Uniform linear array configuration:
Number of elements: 8
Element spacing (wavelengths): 1
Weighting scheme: cosine
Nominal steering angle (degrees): -60
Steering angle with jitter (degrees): -59.31
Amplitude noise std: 0.05
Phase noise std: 0.05

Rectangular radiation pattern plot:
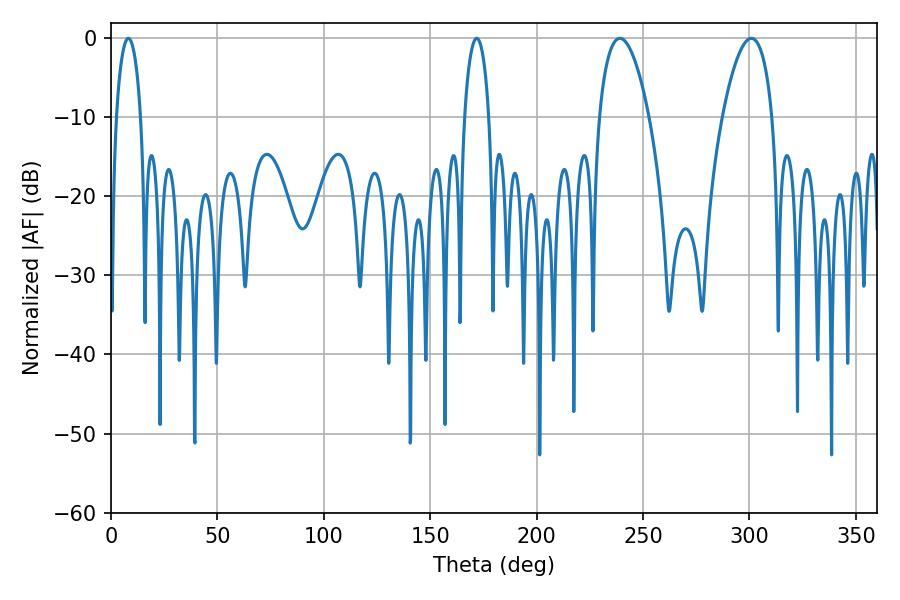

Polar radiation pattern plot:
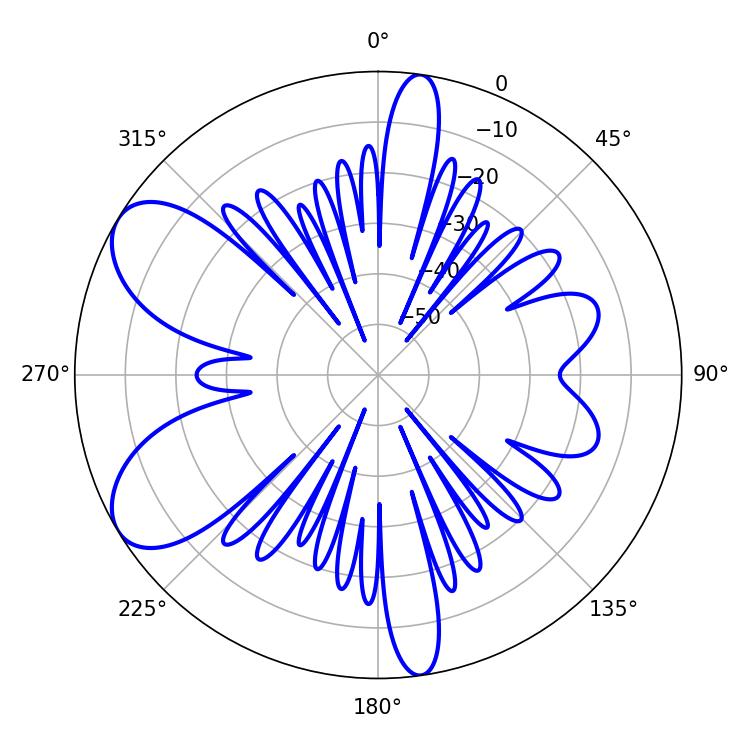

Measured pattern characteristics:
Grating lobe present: TRUE
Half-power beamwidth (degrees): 12.96
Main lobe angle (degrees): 239.04